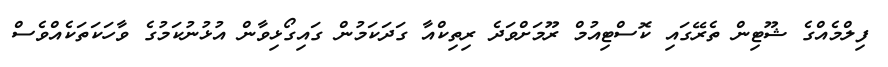
ފިލްމެއްގެ ޝޫޓިން ތެރޭގައި ކޮސްޓިއުމް ރޫމަށްވަދެ ރިތިކްއާ ގަދަކަމުން ގައިގޯޅިވާން އުޅުނުކަމުގެ ވާހަކަތަކެއްވެސް